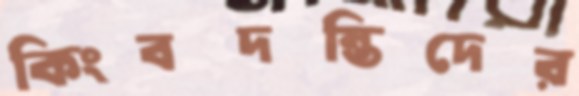
কিংবদন্তিদের